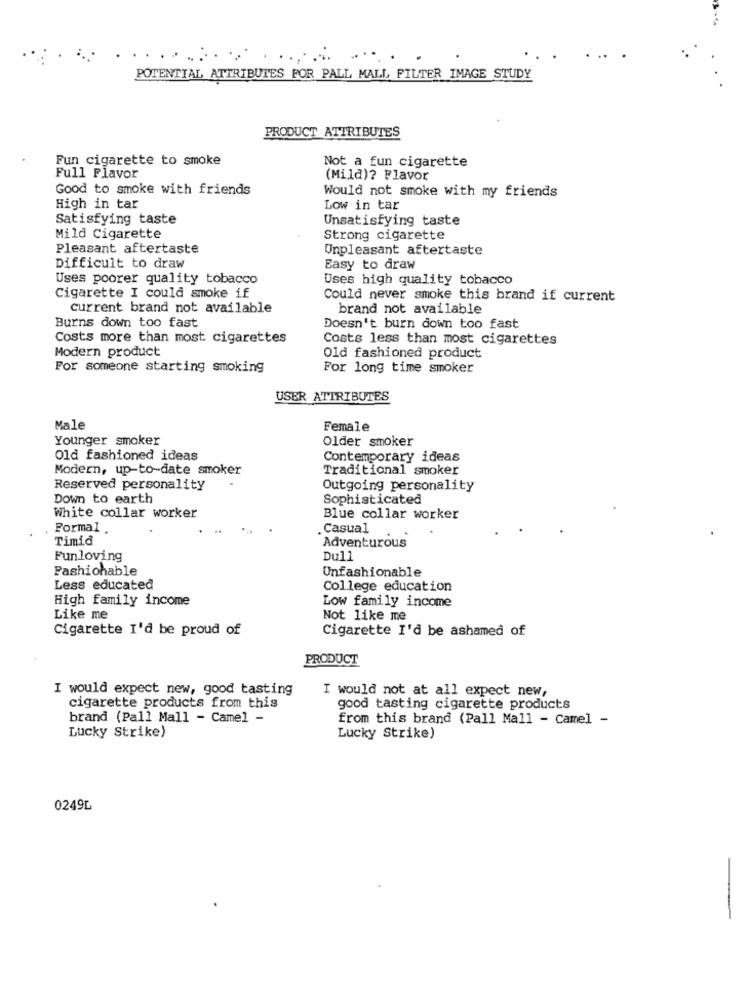
POTENTIAL ATTRIBUTES FOR PALL MALL FILTER IMAGE STUDY
PRODUCT ATTRIBUTES
Fun cigarette to smoke
Not a fun cigarette
Full Flavor
(Mild)? Flavor
Good to smoke with friends
Would not smoke with my friends
High in tar
Low in tar
Satisfying taste
Unsatisfying taste
Mild Cigarette
Strong cigarette
Pleasant aftertaste
Unpleasant aftertaste
Difficult to draw
Easy to draw
Uses poorer quality tobacco
Uses high quality tobacco
Cigarette I could smoke if
Could never smoke this brand if current
current brand not available
brand not available
Burns down too fast
Doesn't burn down too fast
Costs more than most cigarettes
Costs less than most cigarettes
Modern product
Old fashioned product
For someone starting smoking
For long time smoker
USER ATTRIBUTES
Male
Female
Younger smoker
Older smoker
Old fashioned ideas
Contemporary ideas
Modern, up-to-date smoker
Traditional smoker
Reserved personality
Outgoing personality
Down to earth
Sophisticated
White collar worker
Blue collar worker
Formal .
. Casual
Timid
Adventurous
Funloving
Dull
Fashionable
Unfashionable
Less educated
College education
High family income
Low family income
Like me
Not like me
Cigarette I'd be proud of
Cigarette I'd be ashamed of
PRODUCT
I would expect new, good tasting
I would not at all expect new,
cigarette products from this
good tasting cigarette products
brand (Pall Mall - Camel -
from this brand (Pall Mall - Camel -
Lucky Strike)
Lucky Strike)
0249L